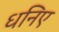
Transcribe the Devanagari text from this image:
धनिए